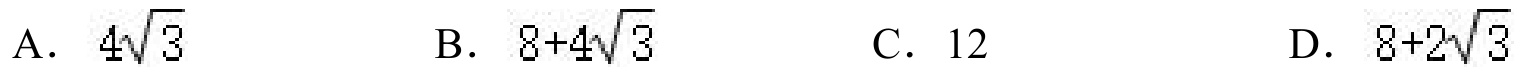
A. \(4\sqrt{3}\)  B. \(8 + 4\sqrt{3}\)  C. \(12\)  D. \(8+2\sqrt{3}\)